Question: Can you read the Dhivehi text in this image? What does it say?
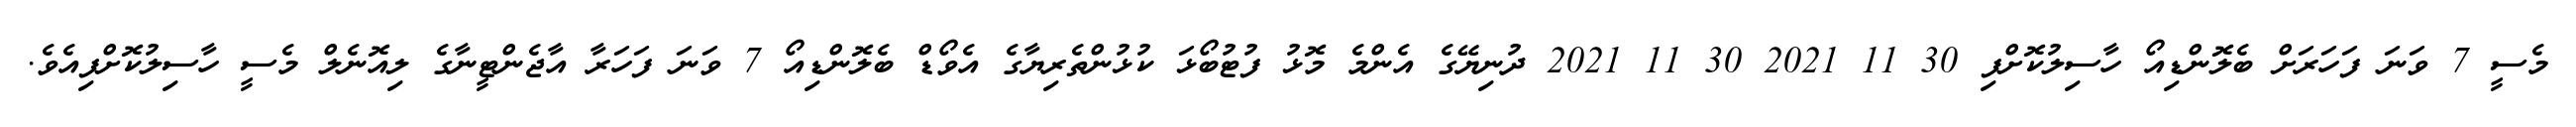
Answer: މެސީ 7 ވަނަ ފަހަރަށް ބެލޮންޑިއޯ ހާސިލުކޮށްފި 30 11 2021 30 11 2021 ދުނިޔޭގެ އެންމެ މޮޅު ފުޓުބޯޅަ ކުޅުންތެރިޔާގެ އެވޯޑް ބެލޮންޑިއޯ 7 ވަނަ ފަހަރާ އާޖެންޓީނާގެ ލިއޮނެލް މެސީ ހާސިލުކޮށްފިއެވެ.